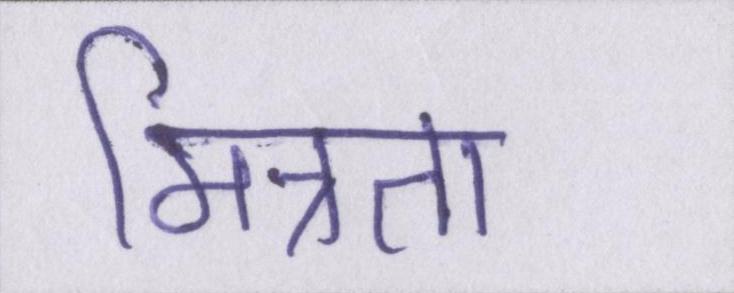
मित्रता